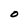
Character: O